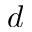
d